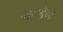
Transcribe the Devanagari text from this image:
मण्‍डेन